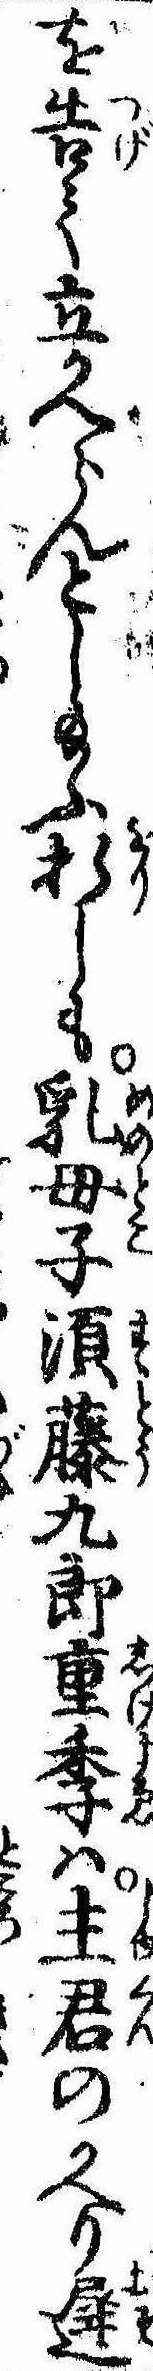
を告て立かへらんとし給ふ折しも乳母子須藤九郎重季は主君のかへり遅